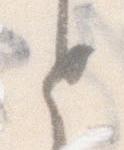
と